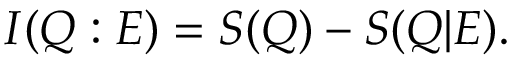
I ( Q : E ) = S ( Q ) - S ( Q | E ) .